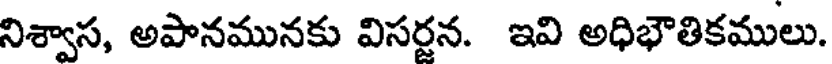
నిశ్వాస, అపానమునకు విసర్జన. ఇవి అధిభౌతికములు.